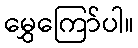
မွှေကြော်ပါ။